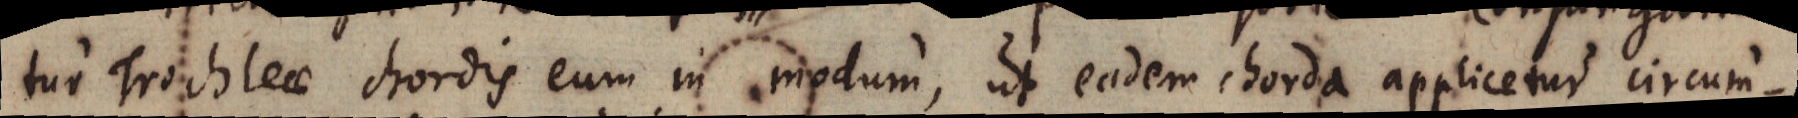
tur Trochleae chordis eum in modum, ut eadem chorda applicetur circum-